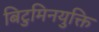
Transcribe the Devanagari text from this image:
बिटुमिनयुक्ति